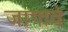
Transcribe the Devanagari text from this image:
जागावे